Studies on the mouth parts a Comparative anatomy of the proboscis in the blood-sucking muscidae - Number 60
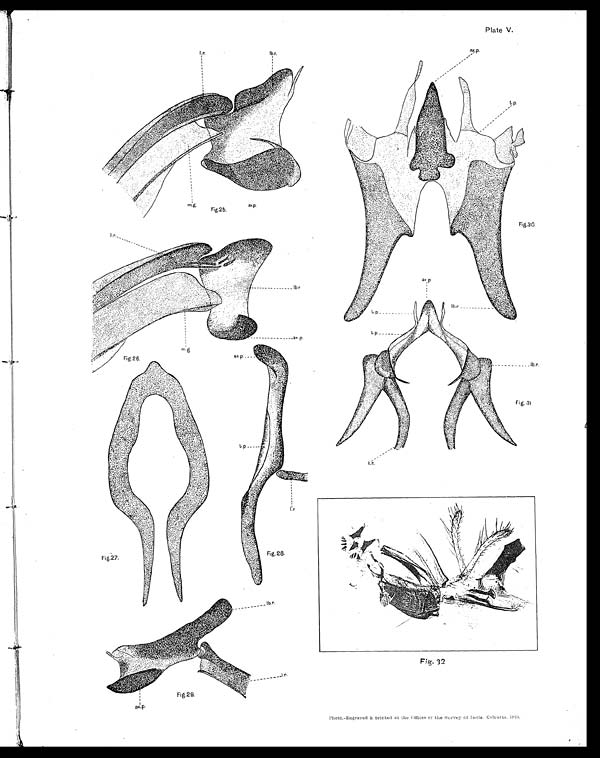
Fig. 28.
Fig.29.
Plate V.
Fig.25.
Fig.26.
Fig,30.
Fig. 31
Fig. 32
Photo.-Engraved & printed at the Offices of the Survey of India, Calcutta, 1913 .